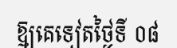
ឱ្យគេទៀតថ្ងៃទី ០៨